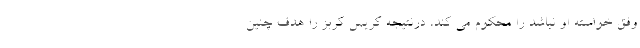
وفق خواسته او نباشد را محکوم می کند، درنتیجه کریس کربز را هدف چنین